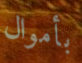
بأموال